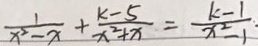
\frac { 1 } { x ^ { 2 } - x } + \frac { k - 5 } { x ^ { 2 } + x } = \frac { k - 1 } { x ^ { 2 } - 1 }